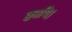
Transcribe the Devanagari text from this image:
क्वापि।